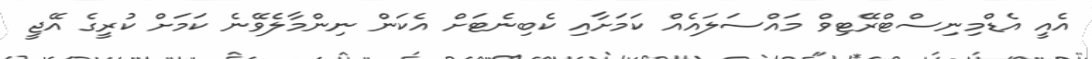
އެއީ އެޑްމިނިސްޓްރޭޓިވް މައްސަލައެއް ކަމަށާއި ކެބިނެޓަށް އެކަން ނިންމާލެވޭނެ ކަމަށް ކުރީގެ އޭޖީ